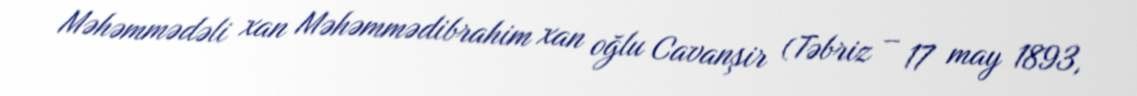
Məhəmmədəli xan Məhəmmədibrahim xan oğlu Cavanşir (Təbriz – 17 may 1893,